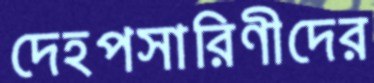
দেহপসারিণীদের